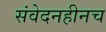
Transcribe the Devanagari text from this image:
संवेदनहीनच